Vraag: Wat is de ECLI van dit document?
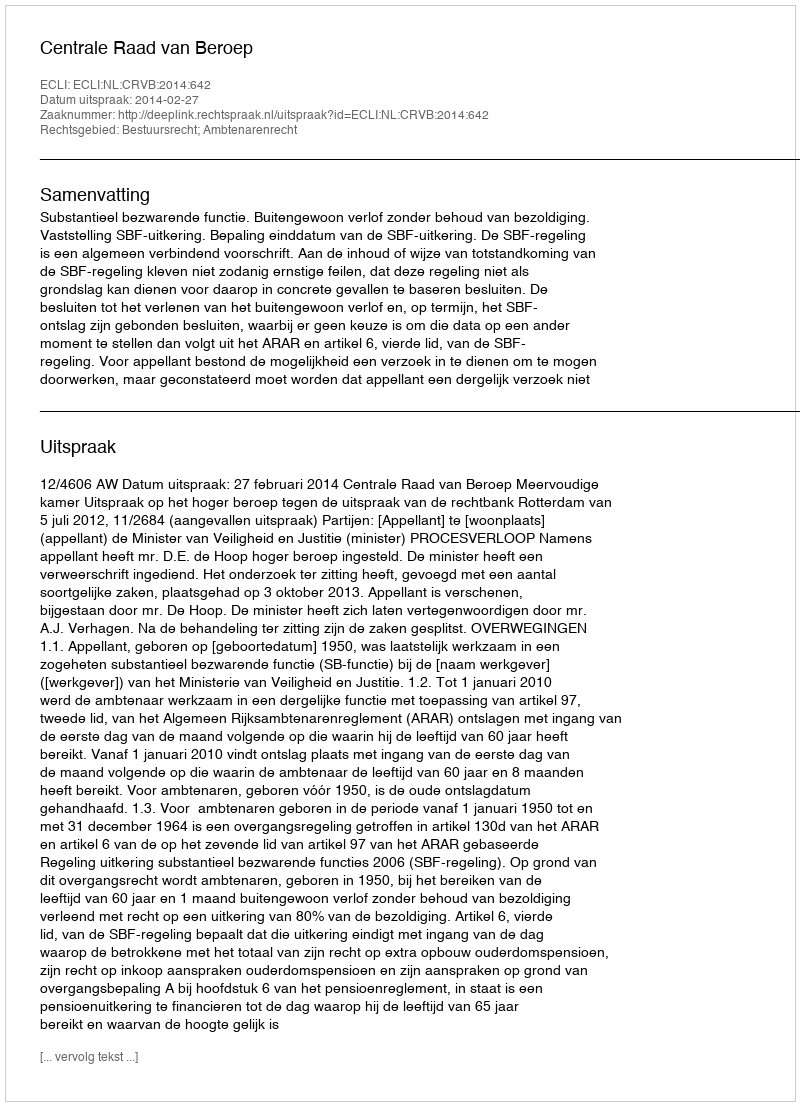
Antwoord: ECLI:NL:CRVB:2014:642